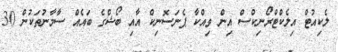
ލެކިއުޓް އިލެކްޓްރޯނިކްސް އިން ވިއްކާ ޕެނަސޮނިކް އާއި ބޯޝްގެ ބައެއް ސާމާނުތަކުން 30